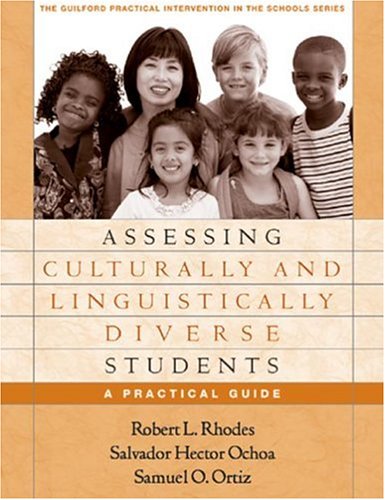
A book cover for Assessing Culturally and Linguistically Diverse Students: A Practical Guide (Practical Intervention in the Schools); Robert L. Rhodes Phd; Medical Books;